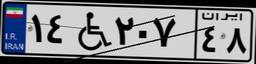
۱۴W۲۰۷۴۸